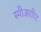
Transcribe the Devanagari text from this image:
स्पीअररिट